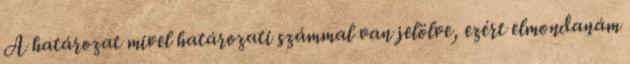
A határozat mivel határozati számmal van jelölve, ezért elmondanám